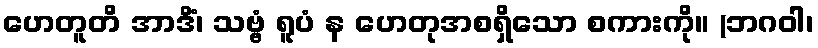
ဟေတူတိ အာဒိံ၊ သဗ္ဗံ ရူပံ န ဟေတုအစရှိသော စကားကို။ (ဘဂဝါ၊